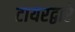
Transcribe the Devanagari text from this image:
टायरद्वारे